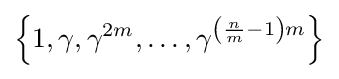
\left\{1,\gamma ,\gamma ^{2m},\ldots ,\gamma ^{\left({\frac {n}{m}}-1\right)m}\right\}